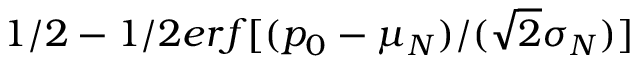
1 / 2 - 1 / 2 e r f [ ( p _ { 0 } - \mu _ { N } ) / ( \sqrt { 2 } \sigma _ { N } ) ]